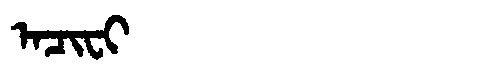
Manchu: ᠠᠴᡳᠸᡳ
Romanization: ACIFI